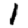
Digit: 1